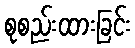
စုစည်းထားခြင်း